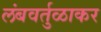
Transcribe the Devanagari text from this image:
लंबवर्तुळाकर